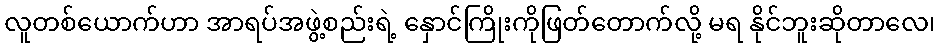
လူတစ်ယောက်ဟာ အာရပ်အဖွဲ့စည်းရဲ့ နှောင်ကြိုးကိုဖြတ်တောက်လို့ မရ နိုင်ဘူးဆိုတာလေ၊